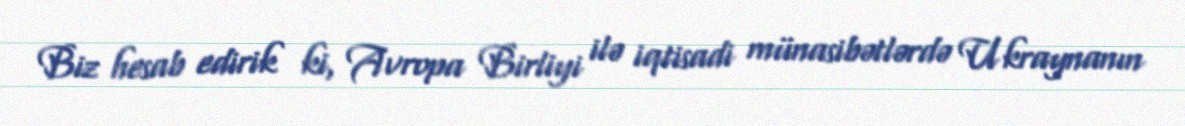
Biz hesab edirik ki, Avropa Birliyi ilə iqtisadi münasibətlərdə Ukraynanın